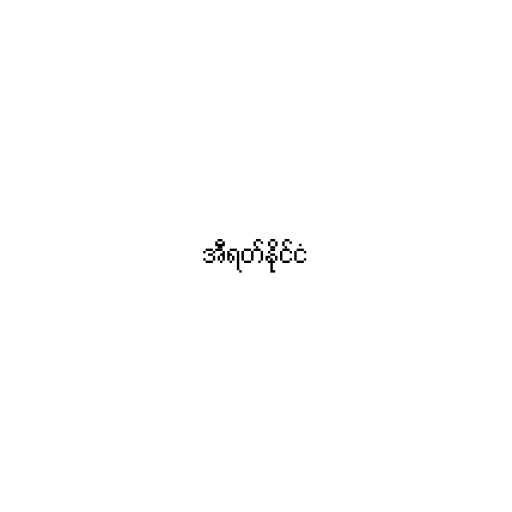
အီရတ်နိုင်ငံ